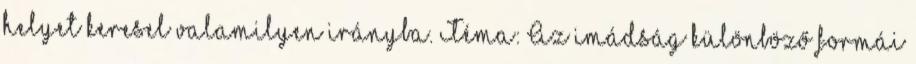
helyet keresel valamilyen irányba. Téma: Az imádság különböző formái